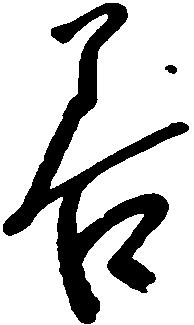
善